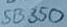
Text: SB350